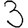
Digit: 3